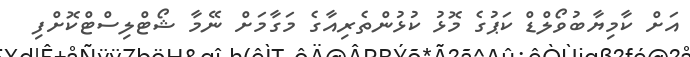
އަށް ކާމިޔާބުވޯލްޑް ކަޕުގެ މޮޅު ކުޅުންތެރިއާގެ މަގާމަށް ނޭމާ ޝޯޓްލިސްޓްކޮށްފި